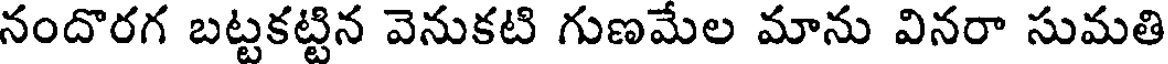
నందొరగ బట్టకట్టిన వెనుకటి గుణమేల మాను వినరా సుమతి